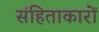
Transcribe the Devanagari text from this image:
संहिताकारों